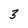
Character: 3